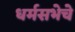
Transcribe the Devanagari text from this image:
धर्मसभेचे